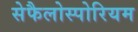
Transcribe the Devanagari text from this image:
सेफैलोस्पोरियम